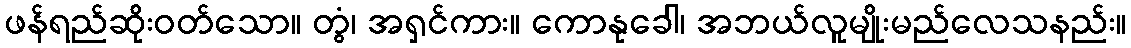
ဖန်ရည်ဆိုးဝတ်သော။ တွံ၊ အရှင်ကား။ ကောနုခေါ၊ အဘယ်လူမျိုးမည်လေသနည်း။